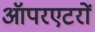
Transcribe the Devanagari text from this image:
ऑपरएटरों